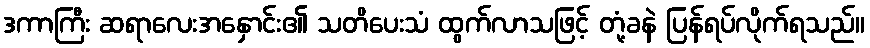
ဒကာကြီး ဆရာလေးအနှောင်း၏ သတိပေးသံ ထွက်လာသဖြင့် တုံ့ခနဲ ပြန်ရပ်လိုက်ရသည်။